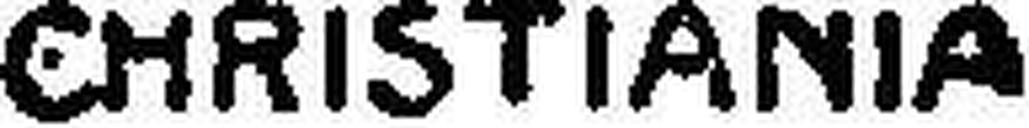
CHRISTIANIA